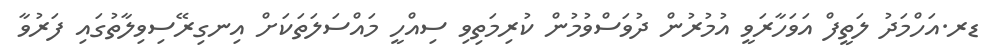
ޑރ.އަހްމަދު ލަތީފް އަވަހާރަވީ އުމުރުން ދުވަސްވުމުން ކުރިމަތިވި ސިއްހީ މައްސަލަތަކަށް އިނގިރޭސިވިލާތުގައި ފަރުވާ